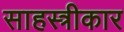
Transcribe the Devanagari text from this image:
साहस्त्रीकार